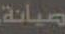
صيانة